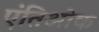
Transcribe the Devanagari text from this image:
एंतिओक